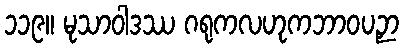
၁၁၉။ မုသာဝါဒဿ ဂရုကလဟုကဘာဝပဉှာ